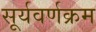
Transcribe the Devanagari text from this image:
सूर्यवर्णक्रम